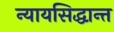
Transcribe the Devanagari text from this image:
न्यायसिद्धान्त